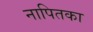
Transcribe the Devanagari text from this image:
नापितका